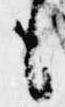
も